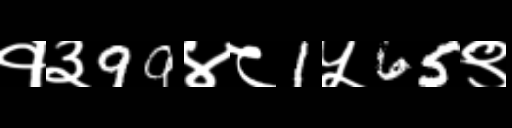
Text: १३99४८1५65९